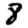
Digit: 8